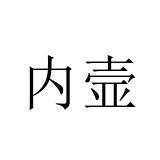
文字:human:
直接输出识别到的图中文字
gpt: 内壸